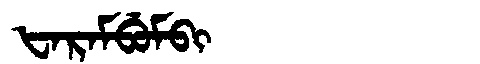
Manchu: ᡶᠠᡵᠠᠮᠪᡠᠮᠪᡳ
Romanization: FARAMBUMBI